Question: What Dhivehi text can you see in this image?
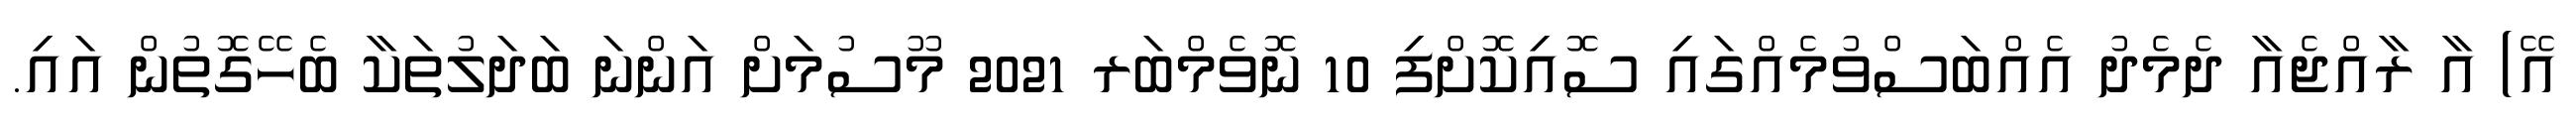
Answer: އޭ) އާ ރާއްޖެއާ ދެމެދު އެއްބަސްވުމެއްގައި ސޮއިކޮށްފި 10 ނޮވެމްބަރ 2021 މޫސުމަށް އަންނަ ބަދަލުތަކާ ބެހޭގޮތުން އައި.